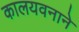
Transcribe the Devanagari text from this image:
कालयवनाने